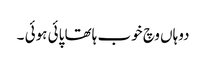
دوہاں وچ خوب ہاتھا پائی ہوئی ۔